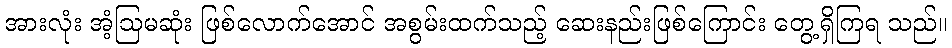
အားလုံး အံ့ဩမဆုံး ဖြစ်လောက်အောင် အစွမ်းထက်သည့် ဆေးနည်းဖြစ်ကြောင်း တွေ့ရှိကြရ သည်။